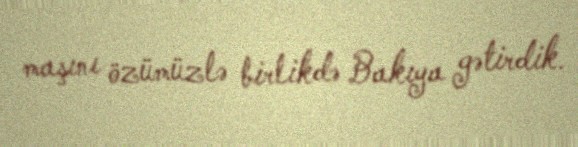
maşını özümüzlə birlikdə Bakıya gətirdik.